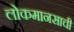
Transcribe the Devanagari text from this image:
लोकमानसाची